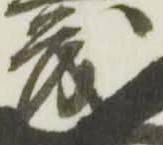
茂